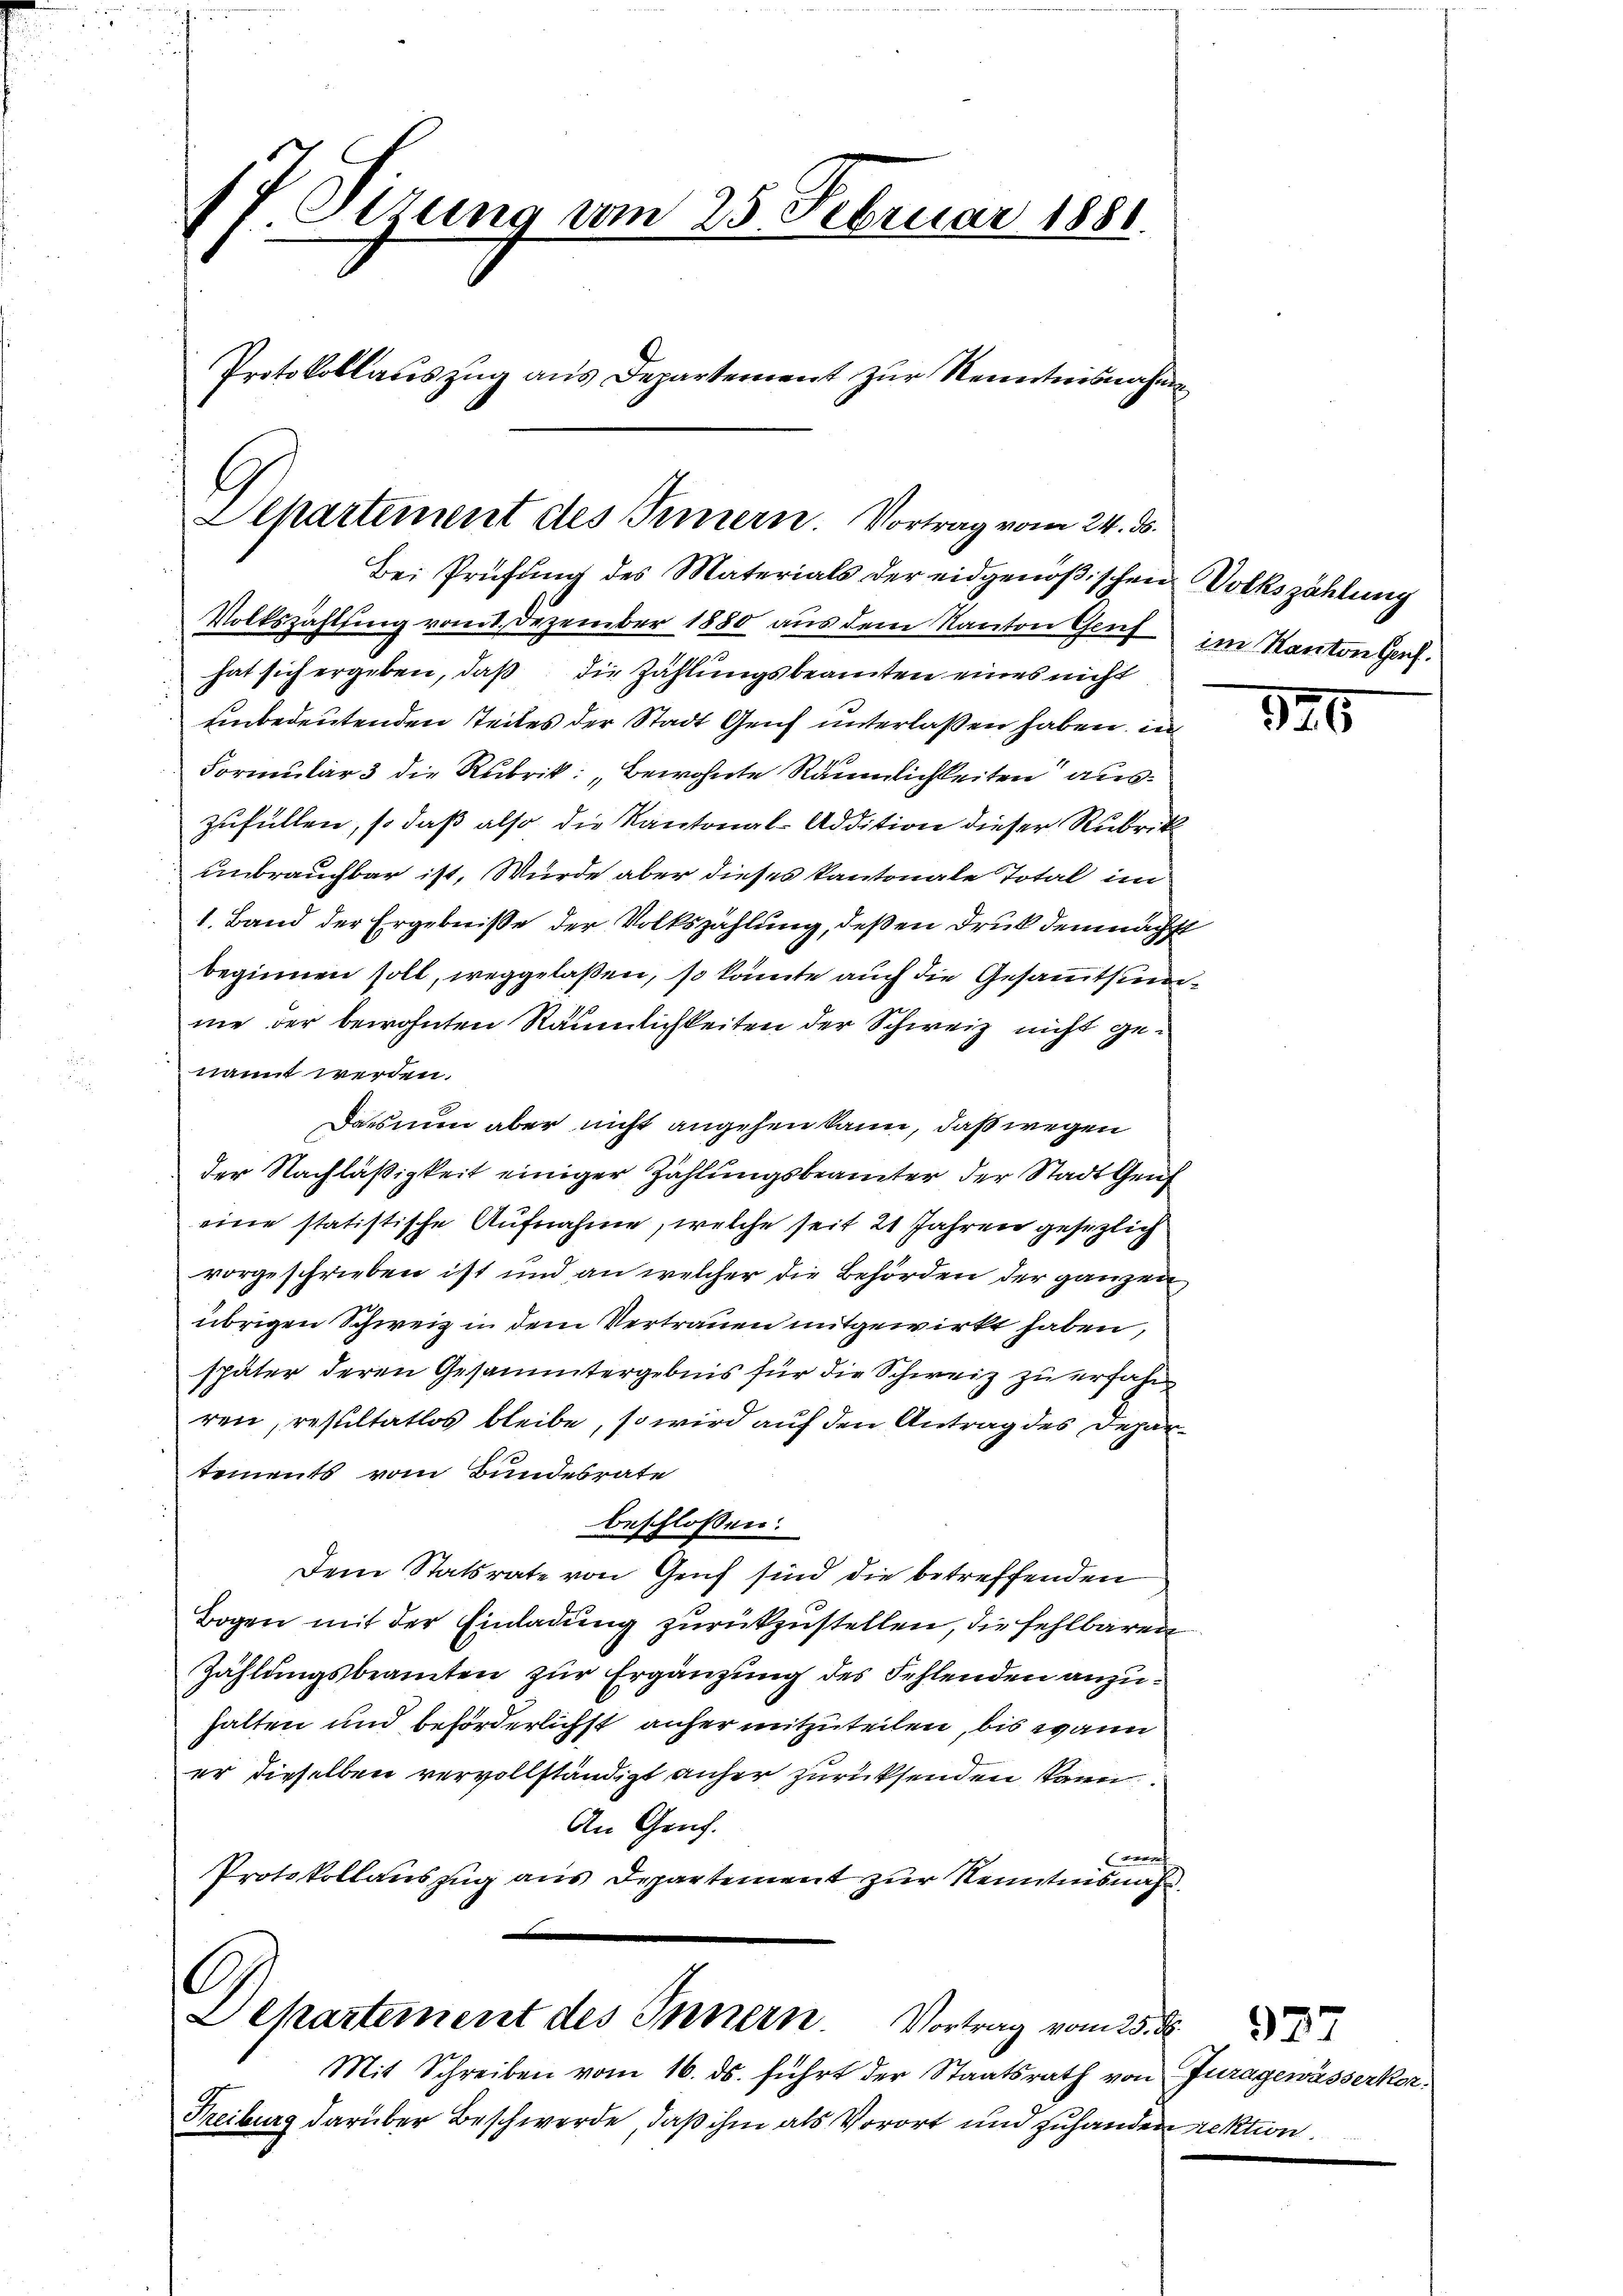
1f. Ottung vom 25. Februar 1881.
Protokollauszug aus Departement zur Kenntnisnahme

Alhartement des Innern. Vortrag vom 24. ds.

.
Dekartement des Innern. Vortrag vom 25. d. 5

Mit Schreiben vom 16. ds. führt der Staatsrath von Juragewässerkor¬
Freiburg darüber Beschwerde, daß ihm als Vorort und zuhanden rektion.

Bei Prüfung des Materials der eidgenößischen Volkszählung
Volkszählung vom 8. Dezember 1880 aus dem Kanton Genf
hat sich ergeben, daß die Zählungsbeamten eines nicht
unbedeutenden Teiles der Stadt Genf unterlaßen haben, in
Formular 3 die Rubrik: „Bewohnte Räumlichkeiten auszufüllen, so daß also die Kantonal-Addition dieser Rubrik
unbrauchbar ist, Wurde aber dieses kantonale Total im
1. Band der Ergebniße der Volkszählung, deßen Druk demnächst
beginnen soll, weggelaßen, so könnte auch die Gesammtsumme der bewohnten Räumlichkeiten der Schweiz nicht genant werden.
Das nun aber nicht angehen kann, daß wegen
der Nachläßigkeit einiger Zahlungsbeamter der Stadt Genf
eine statistische Aufnahme, welche seit 21 Jahren gesezlich
vorgeschrieben ist und an welcher die Behörden der ganzen
übrigen Schweiz in dem Vertrauen mitgewirkt haben,
später deren Gesammtergebnis für die Schweiz zu erfahren, resultatlos bleibe, so wird auf den Antrag des Departements vom Bundesrate
beschlossen:
Dem Statsrate von Genf sind die betreffenden
Bogen mit der Einladung zurückzustellen, die fehlbaren
Zählungsbeamten zur Ergänzung des Fehlenden anzuhalten und beförderlichst anher mitzuteilen, bis wann
er dieselben vervollständigt anher zurücksenden kann.
An Gruf
er
Protokollauszug aus Departement zur Kenntnisnah

im Kanton Genf.

326